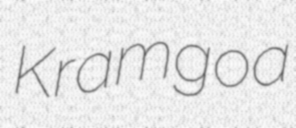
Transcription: Kramgoa